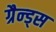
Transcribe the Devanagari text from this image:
ग्रैन्ड्स